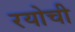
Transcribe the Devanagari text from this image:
रयोची